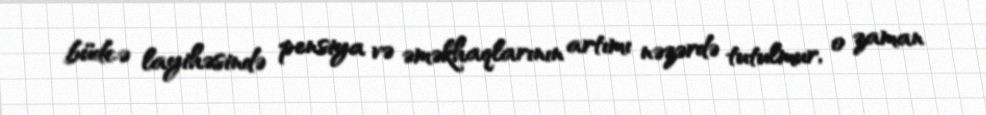
büdcə layihəsində pensiya və əməkhaqlarının artımı nəzərdə tutulmur, o zaman